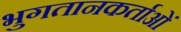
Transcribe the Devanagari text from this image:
भुगतानकर्ताओं